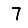
Digit: 7